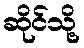
ဆိုင်သို့